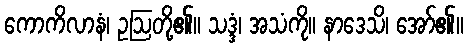
ကောကိလာနံ၊ ဥဩတို့၏။ သဒ္ဒံ၊ အသံကို။ နာဒေသိ၊ အော်၏။